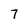
Character: 7